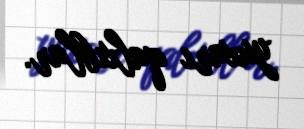
yuxarı qalxıblar.